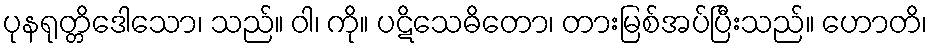
ပုနရုတ္တိဒေါသော၊ သည်။ ဝါ၊ ကို။ ပဋိသေဓိတော၊ တားမြစ်အပ်ပြီးသည်။ ဟောတိ၊